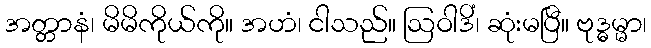
အတ္တာနံ၊ မိမိကိုယ်ကို။ အဟံ၊ ငါသည်။ ဩဝါဒိံ၊ ဆုံးမပြီ။ ဗုဒ္ဓမ္မာ၊